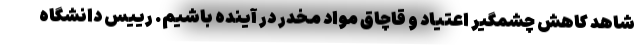
شاهد کاهش چشمگیر اعتیاد و قاچاق مواد مخدر در آینده باشیم. رییس دانشگاه